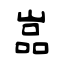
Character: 嵓